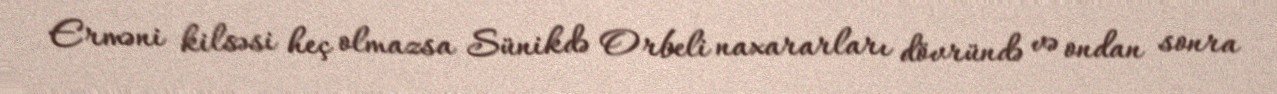
Erməni kilsəsi heç olmazsa Sünikdə Orbeli naxararları dövründə və ondan sonra